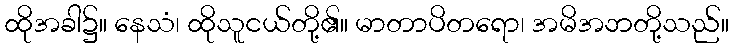
ထိုအခါ၌။ နေသံ၊ ထိုသူငယ်တို့၏။ မာတာပိတရော၊ အမိအဘတို့သည်။